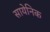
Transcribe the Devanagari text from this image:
सायेनिक